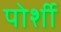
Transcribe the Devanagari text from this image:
पोर्शी